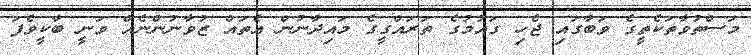
މަސްތުވާތަކެތީގެ ވަބާގައި ޖެހި ގައުމުގެ ތަރައްގީގެ މައިދާނުން އެތައް ޒުވާނުންނެއް ވަނީ ބާކީވެފަ